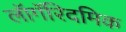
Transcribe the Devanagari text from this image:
लॉगॅरिदमिक